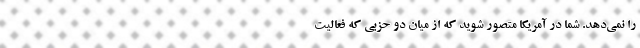
را نمی‌دهد. شما در آمریکا متصور شوید که از میان دو حزبی که فعالیت